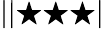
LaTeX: ||\bigstar\bigstar\bigstar|